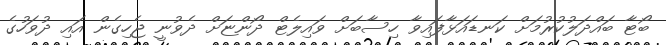
ބޯޓާ ބައްދަލުކުރުމަށް ކަނޑައަޅާފައިވާ ހިސާބަށް ވައިލެޓް ދޯންޏަށް ދެވުނީ ޖެހިގެން އައި ދުވަހުގެ